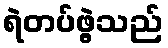
ရဲတပ်ဖွဲ့သည်